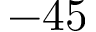
- 4 5